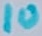
Text: 10